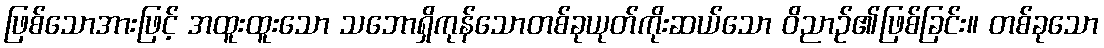
ဖြစ်သောအားဖြင့် အထူးထူးသော သဘောရှိကုန်သောတစ်ခုယုတ်ကိုးဆယ်သော ဝိညာဉ်၏ဖြစ်ခြင်း။ တစ်ခုသော